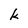
Character: k